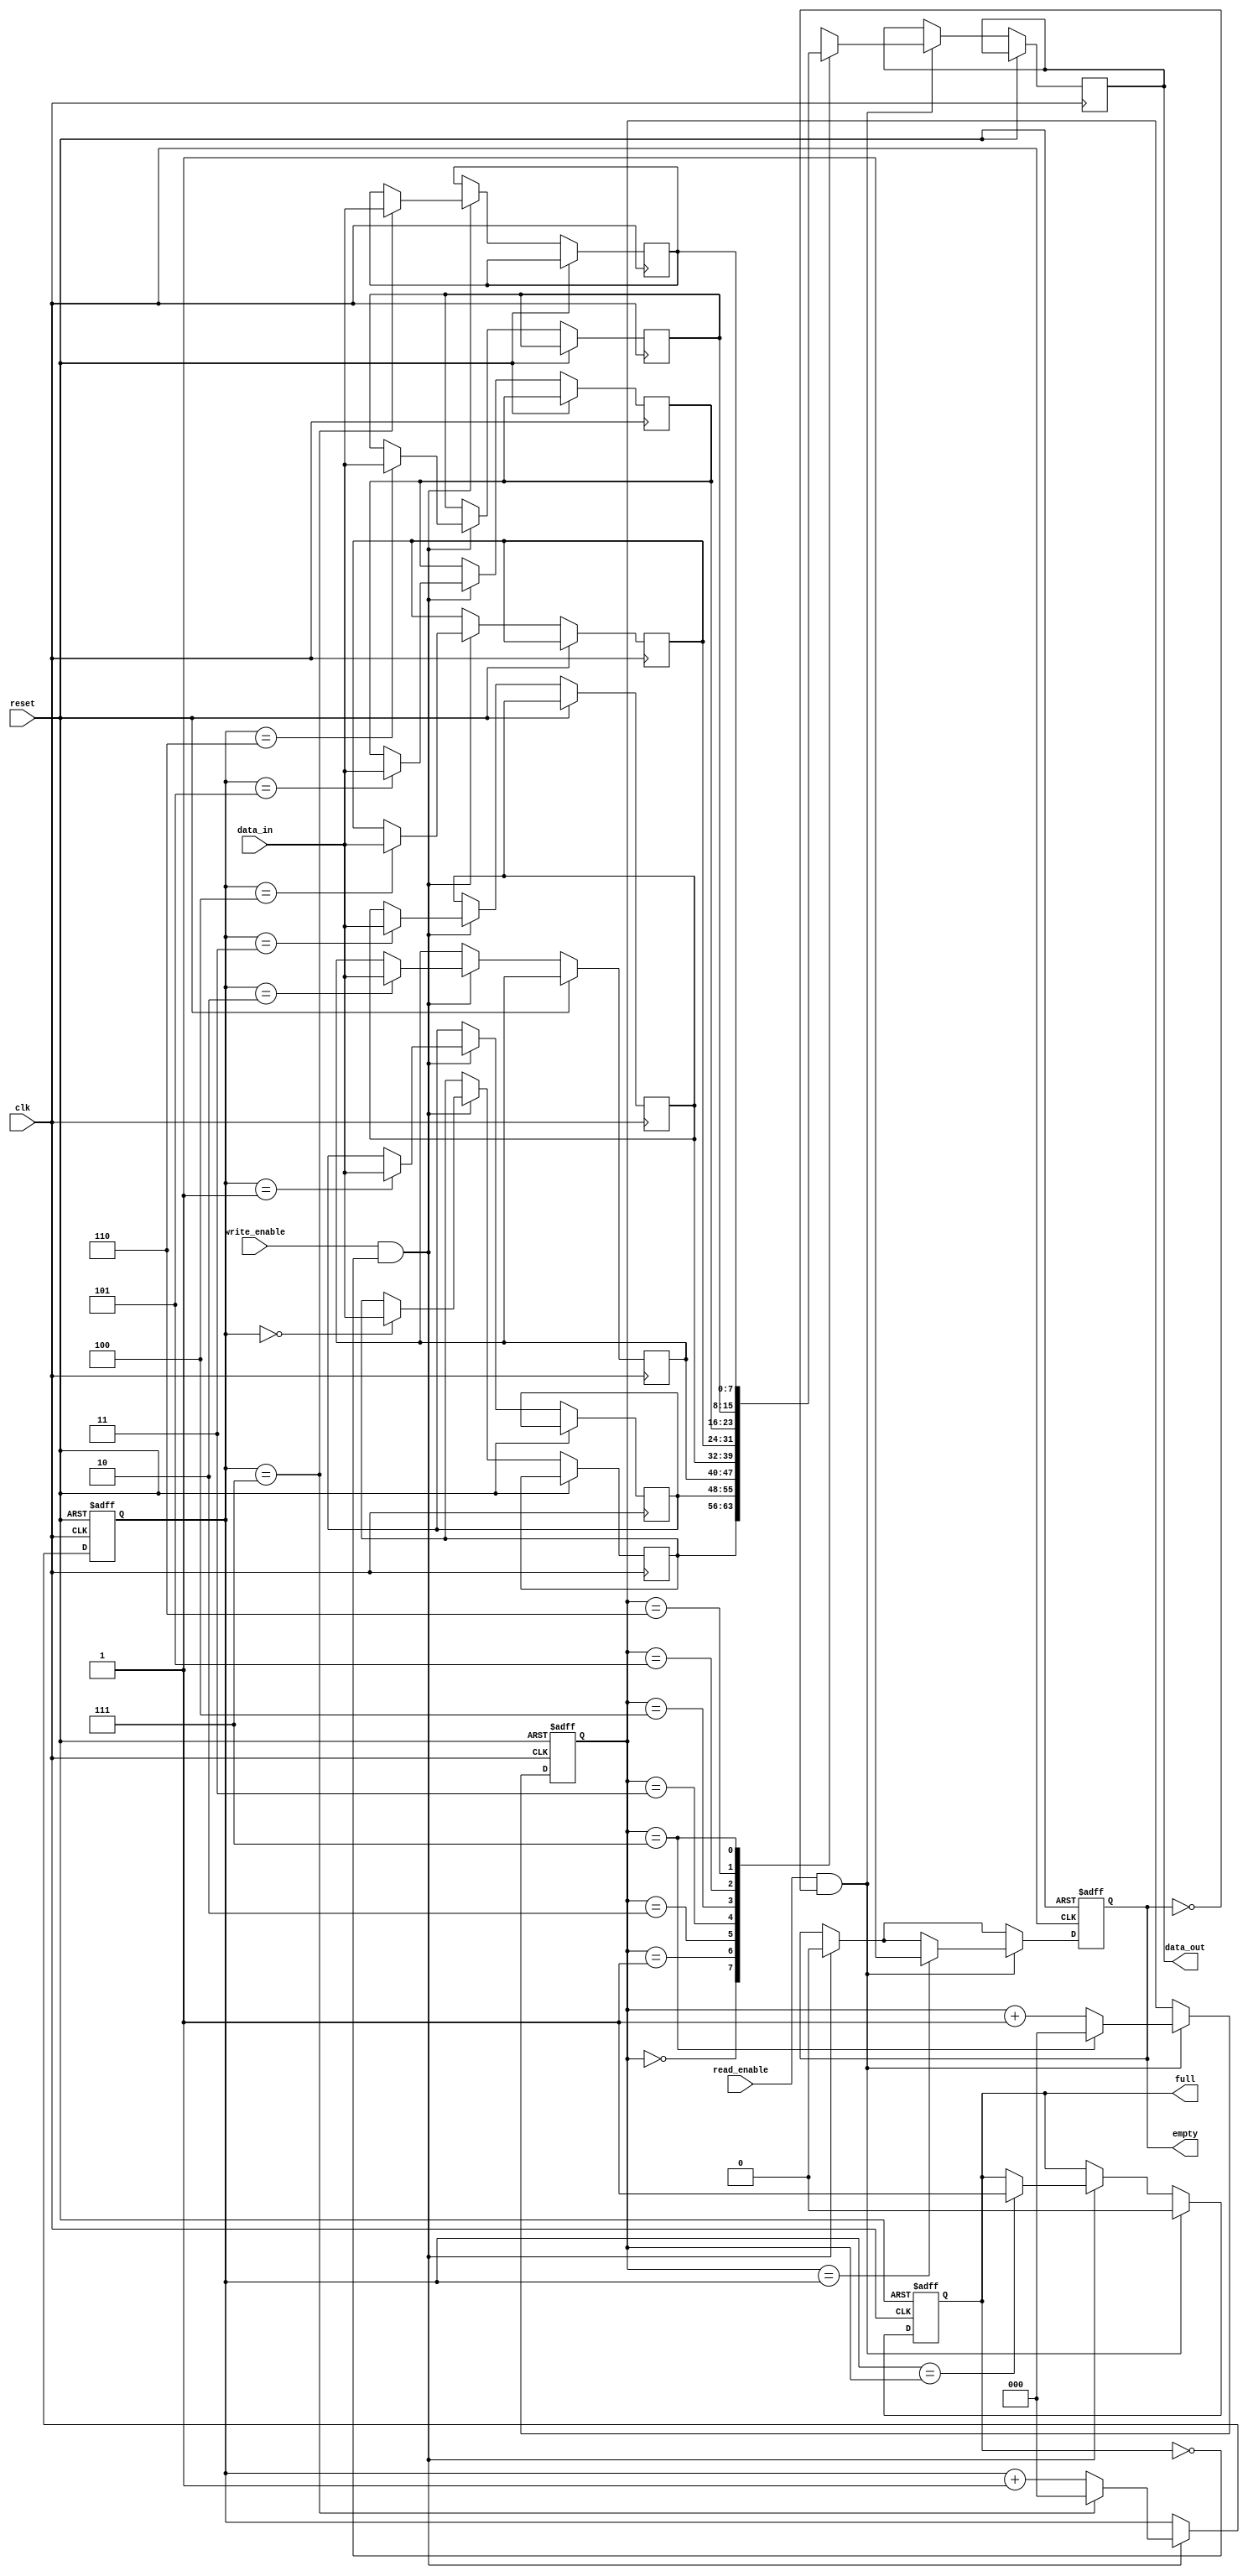
module Circular_FIFO (
input wire clk,
input wire reset,
input wire write_enable,
input wire read_enable,
input wire [7:0] data_in,
output reg [7:0] data_out,
output reg full,
output reg empty
);

parameter BUFFER_SIZE = 8; // Change based on design requirement

reg [7:0] buffer[BUFFER_SIZE - 1:0];
reg [2:0] write_ptr;
reg [2:0] read_ptr;

always @ (posedge clk or posedge reset)
begin
    if (reset)
    begin
        write_ptr <= 3'b000; // Initialize pointers
        read_ptr <= 3'b000;
        full <= 1'b0; // Reset flags
        empty <= 1'b1;
    end
    else
    begin
        if (write_enable && !full)
        begin
            buffer[write_ptr] <= data_in; // Write data to buffer
            write_ptr <= write_ptr + 1;
            if (write_ptr == BUFFER_SIZE - 1)
                write_ptr <= 0;
            if (write_ptr == read_ptr)
                full <= 1'b1;
            empty <= 1'b0;
        end
        
        if (read_enable && !empty)
        begin
            data_out <= buffer[read_ptr]; // Read data from buffer
            read_ptr <= read_ptr + 1;
            if (read_ptr == BUFFER_SIZE - 1)
                read_ptr <= 0;
            if (read_ptr == write_ptr)
                empty <= 1'b1;
            full <= 1'b0;
        end
    end
end

endmodule